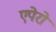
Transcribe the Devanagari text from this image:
एपेरो